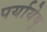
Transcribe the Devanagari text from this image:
पर्यायेषु